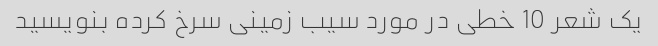
یک شعر 10 خطی در مورد سیب زمینی سرخ کرده بنویسید